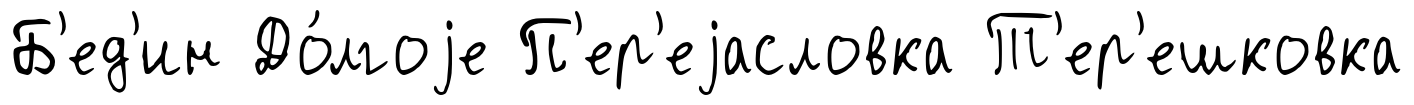
Б'ед'ин До́лгоjе П'ер'еjасловка Т'ер'ешковка